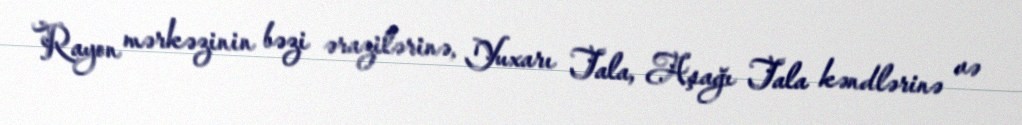
Rayon mərkəzinin bəzi ərazilərinə, Yuxarı Tala, Aşağı Tala kəndlərinə və